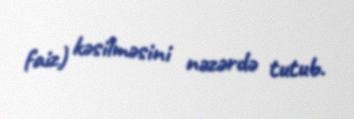
faiz) kəsilməsini nəzərdə tutub.